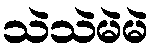
သဲသဲမဲမဲ